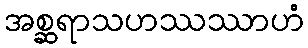
အစ္ဆရာသဟဿဿာဟံ